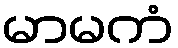
မာမကံ